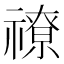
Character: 𥛰